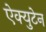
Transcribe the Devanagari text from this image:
ऐक्युटेन